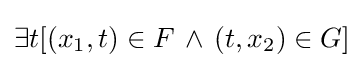
\exists t[(x_{1},t)\in F\,\land \,(t,x_{2})\in G]